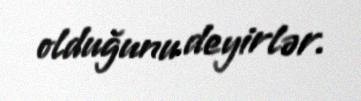
olduğunu deyirlər.